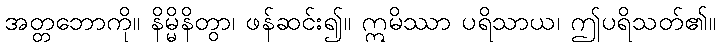
အတ္တဘောကို။ နိမ္မိနိတွာ၊ ဖန်ဆင်း၍။ ဣမိဿာ ပရိသာယ၊ ဤပရိသတ်၏။